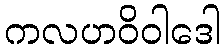
ကလဟဝိဝါဒေါ